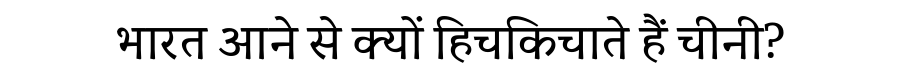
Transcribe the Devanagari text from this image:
भारत आने से क्यों हिचकिचाते हैं चीनी?